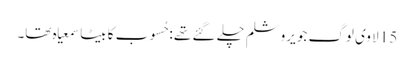
15 لا وی لوگ جو یروشلم چلے گئے تھے :حُسوب کا بیٹا سمعیاہ تھا۔